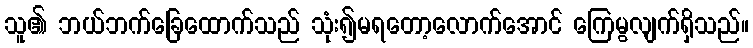
သူ၏ ဘယ်ဘက်ခြေထောက်သည် သုံး၍မရတော့လောက်အောင် ကြေမွလျက်ရှိသည်။